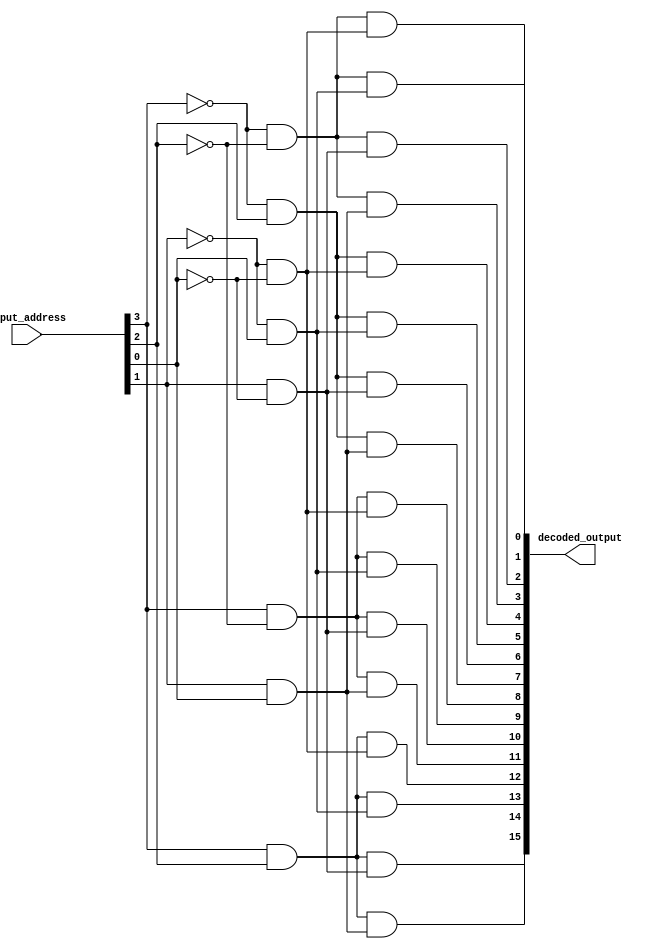
module predecoder(
    /* Port Declarations */
    input  [3:0]  input_address, 
    output [15:0] decoded_output
);
    
/* Pre-decoder Logic */
    /** 
     * Predecoder creates smaller logic networks out of NAND and NOT gates
     * to facilitate decoding the 4-bit chunk. It was also a conscious 
     * decision to not parameterize this module. For more about the 
     * predecoder see the README.md in the memory_elements folder.
     */
    genvar address_index;
    generate
        for(address_index = 0; address_index < 16; address_index = address_index + 1)
        begin: decode_logic_generation
            // Generate the proper input to the decode subnetwork
            // The address_index determines to use A or !A for subnetwork
            wire [3:0] inputs_combination;
            assign inputs_combination[3] = address_index[3] ? input_address[3] : ~input_address[3];
            assign inputs_combination[2] = address_index[2] ? input_address[2] : ~input_address[2];
            assign inputs_combination[1] = address_index[1] ? input_address[1] : ~input_address[1];
            assign inputs_combination[0] = address_index[0] ? input_address[0] : ~input_address[0];
            // Subnetwork Logic
            wire [2:0] subnetwork_wires;
            nand n1(
                subnetwork_wires[0],
                inputs_combination[3], inputs_combination[2]
            );
            nand n2(
                subnetwork_wires[1],
                inputs_combination[1], inputs_combination[0]
            );
            nand n3(
                subnetwork_wires[2],
                ~subnetwork_wires[0], ~subnetwork_wires[1]
            );
            assign decoded_output[address_index] = ~subnetwork_wires[2];
            
        end 
    endgenerate

endmodule